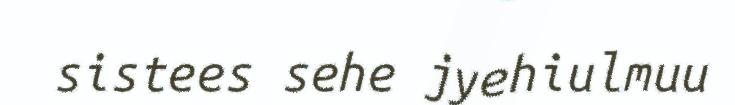
sistees sehe jyehiulmuu